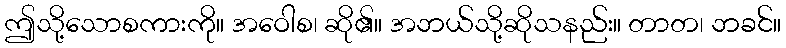
ဤသို့သောစကားကို။ အဝေါစ၊ ဆို၏။ အဘယ်သို့ဆိုသနည်း။ တာတ၊ ဘခင်။